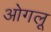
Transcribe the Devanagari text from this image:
ओगलू